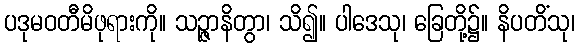
ပဒုမဝတီမိဖုရားကို။ သဉ္ဇာနိတွာ၊ သိ၍။ ပါဒေသု၊ ခြေတို့၌။ နိပတိံသု၊